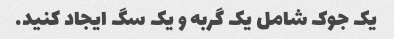
یک جوک شامل یک گربه و یک سگ ایجاد کنید.